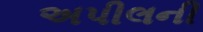
અપીલની